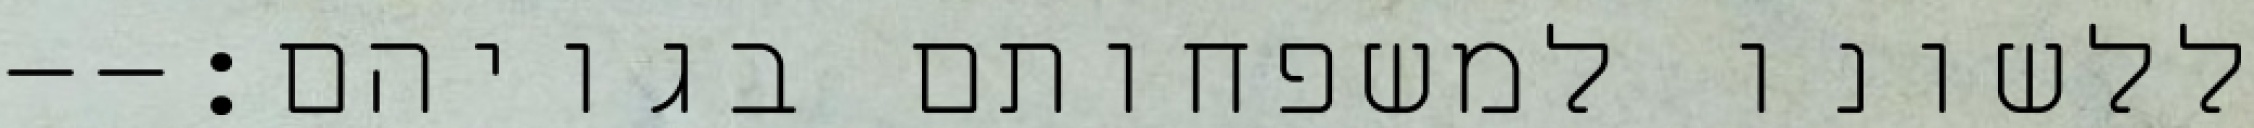
ללשונו למשפחותם בגויהם׃--